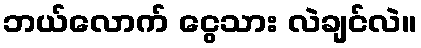
ဘယ်လောက် ငွေသား လဲချင်လဲ။